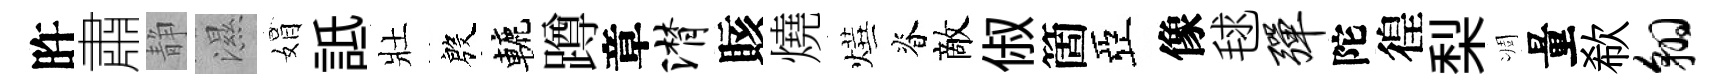
旿肅静濕娟詆壯殷轆蹲章潸賅燒燁脊敵俶箇亞像毬弹陀徨梨凋量欷翱